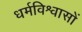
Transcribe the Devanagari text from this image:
धर्मविश्वासों